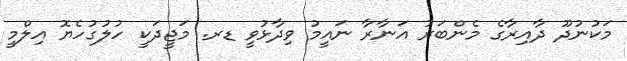
މަކުނުދޫ ދާއިރާގެ މެންބަރު އަނާރާ ނައީމު ވިދާޅުވީ ޑރ. މަޖީދަކީ ހުލުގުހެޔޮ އިލްމީ